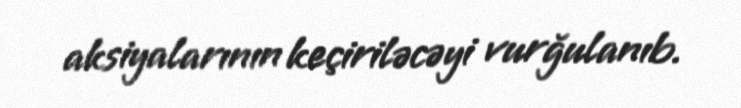
aksiyalarının keçiriləcəyi vurğulanıb.